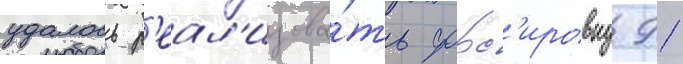
удалось р'еал'изова́ть форс'ировку 91